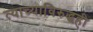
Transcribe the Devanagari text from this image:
त्याच्याविरुद्धही